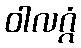
ဝါလဂ္ဂံ